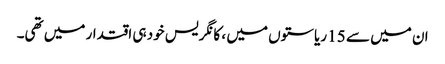
ان میں سے 15 ریاستوں میں ، کانگریس خود ہی اقتدار میں تھی۔